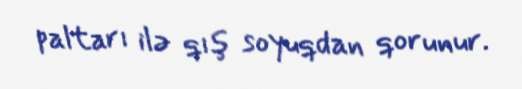
paltarı ilə qış soyuqdan qorunur.